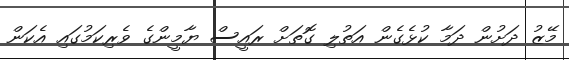
މޭޒު ދަށުން ދަމާ ކުޅެގެން އަތުލި ގޮތަށް ރައީސް ޔާމީންގެ ވެރިކަމުގައި އެކަން